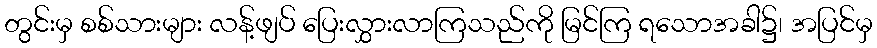
တွင်းမှ စစ်သားများ လန့်ဖျပ် ပြေးလွှားလာကြသည်ကို မြင်ကြ ရသောအခါ၌၊ အပြင်မှ